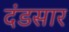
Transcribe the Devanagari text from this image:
दंडसार